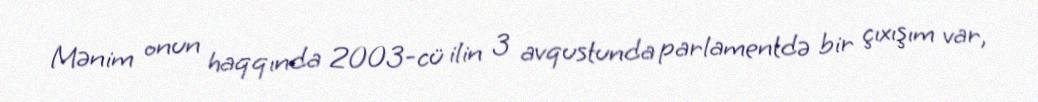
Mənim onun haqqında 2003-cü ilin 3 avqustunda parlamentdə bir çıxışım var,